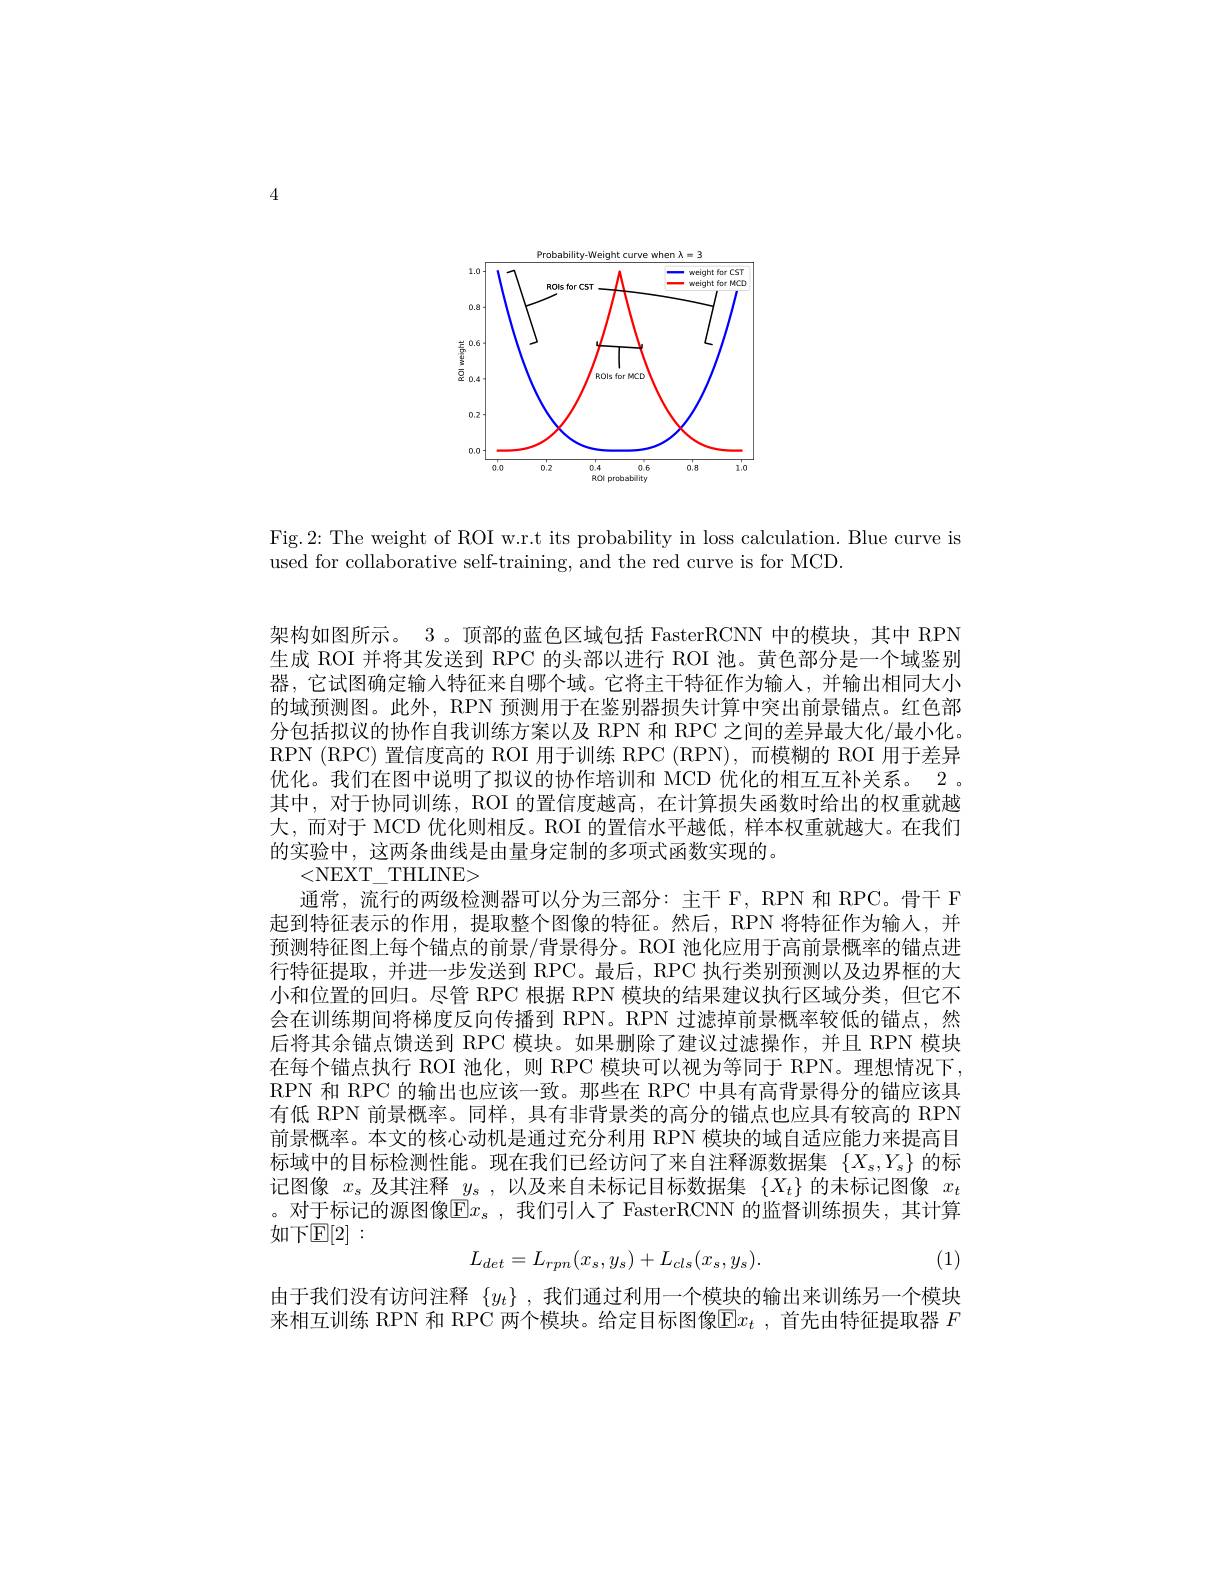
4

<FigureHere>

Fig.2: The weight of ROI w.r.t its probability in loss calculation. Blue curve is
used for collaborative self-training, and the red curve is for MCD

架构如图所示。3。顶部的蓝色区域包括 FasterRCNN 中的模块，其中 RPN 生成 ROI 并将其发送到 RPC 的头部以进行 ROI 池。黄色部分是一个域鉴别器，它试图确定输入特征来自哪个域。它将主干特征作为输人，并输出相同大小的域预测图。此外，RPN 预测用于在鉴别器损失计算中突出前景锚点。红色部分包括拟议的协作自我训练方案以及 RPN 和 RPC 之间的差异最大化/最小化。RPN (RPC) 置信度高的 ROI 用于训练 RPC (RPN),而模糊的 ROI 用于差异优化。我们在图中说明了拟议的协作培训和 MCD 优化的相互互补关系。2。其中，对于协同训练，ROI 的置信度越高，在计算损失函数时给出的权重就越大，而对于 MCD 优化则相反。ROI 的置信水平越低，样本权重就越大。在我们的实验中，这两条曲线是由量身定制的多项式函数实现的。
<NEXT\_THLINE>
通常，流行的两级检测器可以分为三部分：主干 F, RPN 和 RPC。骨干 F 起到特征表示的作用，提取整个图像的特征。然后，RPN 将特征作为输入，并预测特征图上每个锚点的前景/背景得分。ROI 池化应用于高前景概率的锚点进行特征提取，并进一步发送到 RPC。最后，RPC 执行类别预测以及边界框的大小和位置的回归。尽管 RPC 根据 RPN 模块的结果建议执行区域分类，但它不会在训练期间将梯度反向传播到 RPN。RPN 过滤掉前景概率较低的锚点，然后将其余锚点馈送到 RPC 模块。如果删除了建议过滤操作，并且 RPN 模块在每个锚点执行 ROI 池化，则 RPC 模块可以视为等同于 RPN。理想情况下， RPN 和 RPC 的输出也应该一致。那些在 RPC 中具有高背景得分的锚应该具有低 RPN 前景概率。同样，具有非背景类的高分的锚点也应具有较高的 RPN 前景概率。本文的核心动机是通过充分利用 RPN 模块的域自适应能力来提高目标域中的目标检测性能。现在我们已经访问了来自注释源数据集$\{X_s,Y_s\}$的标记图像$x_s$及其注释$y_s$ ,以及来自未标记目标数据集$\{X_t\}$的末标记图像$x_t$ 。对于标记的源图像$|\mathbb{E}|x_s~$, 我们引人了 FasterRCNN 的监督训练损失，其计算如下[E[2]:
(1)
$$L_{det}=L_{rpn}(x_{s},y_{s})+L_{cls}(x_{s},y_{s}).$$
由于我们没有访问注释$\{y_t\}$ ,我们通过利用一个模块的输出来训练另一个模块来相互训练 RPN 和 RPC 两个模块。给定目标图像$\mathbb{E} x_t$ , 首先由特征提取器 $F$